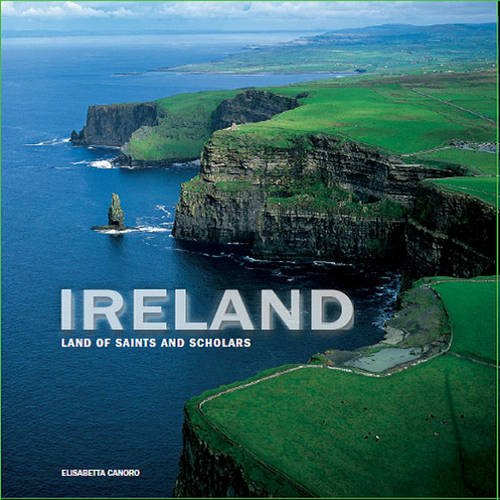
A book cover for Ireland Land of Saints and Scholars; Elisabetta Canoro; Travel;